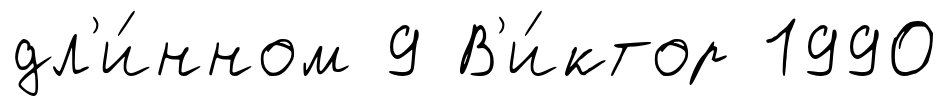
дл'и́нном 9 В'и́ктор 1990